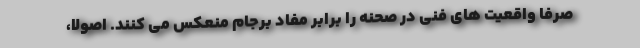
صرفا واقعیت های فنی در صحنه را برابر مفاد برجام منعکس می کنند. اصولا،